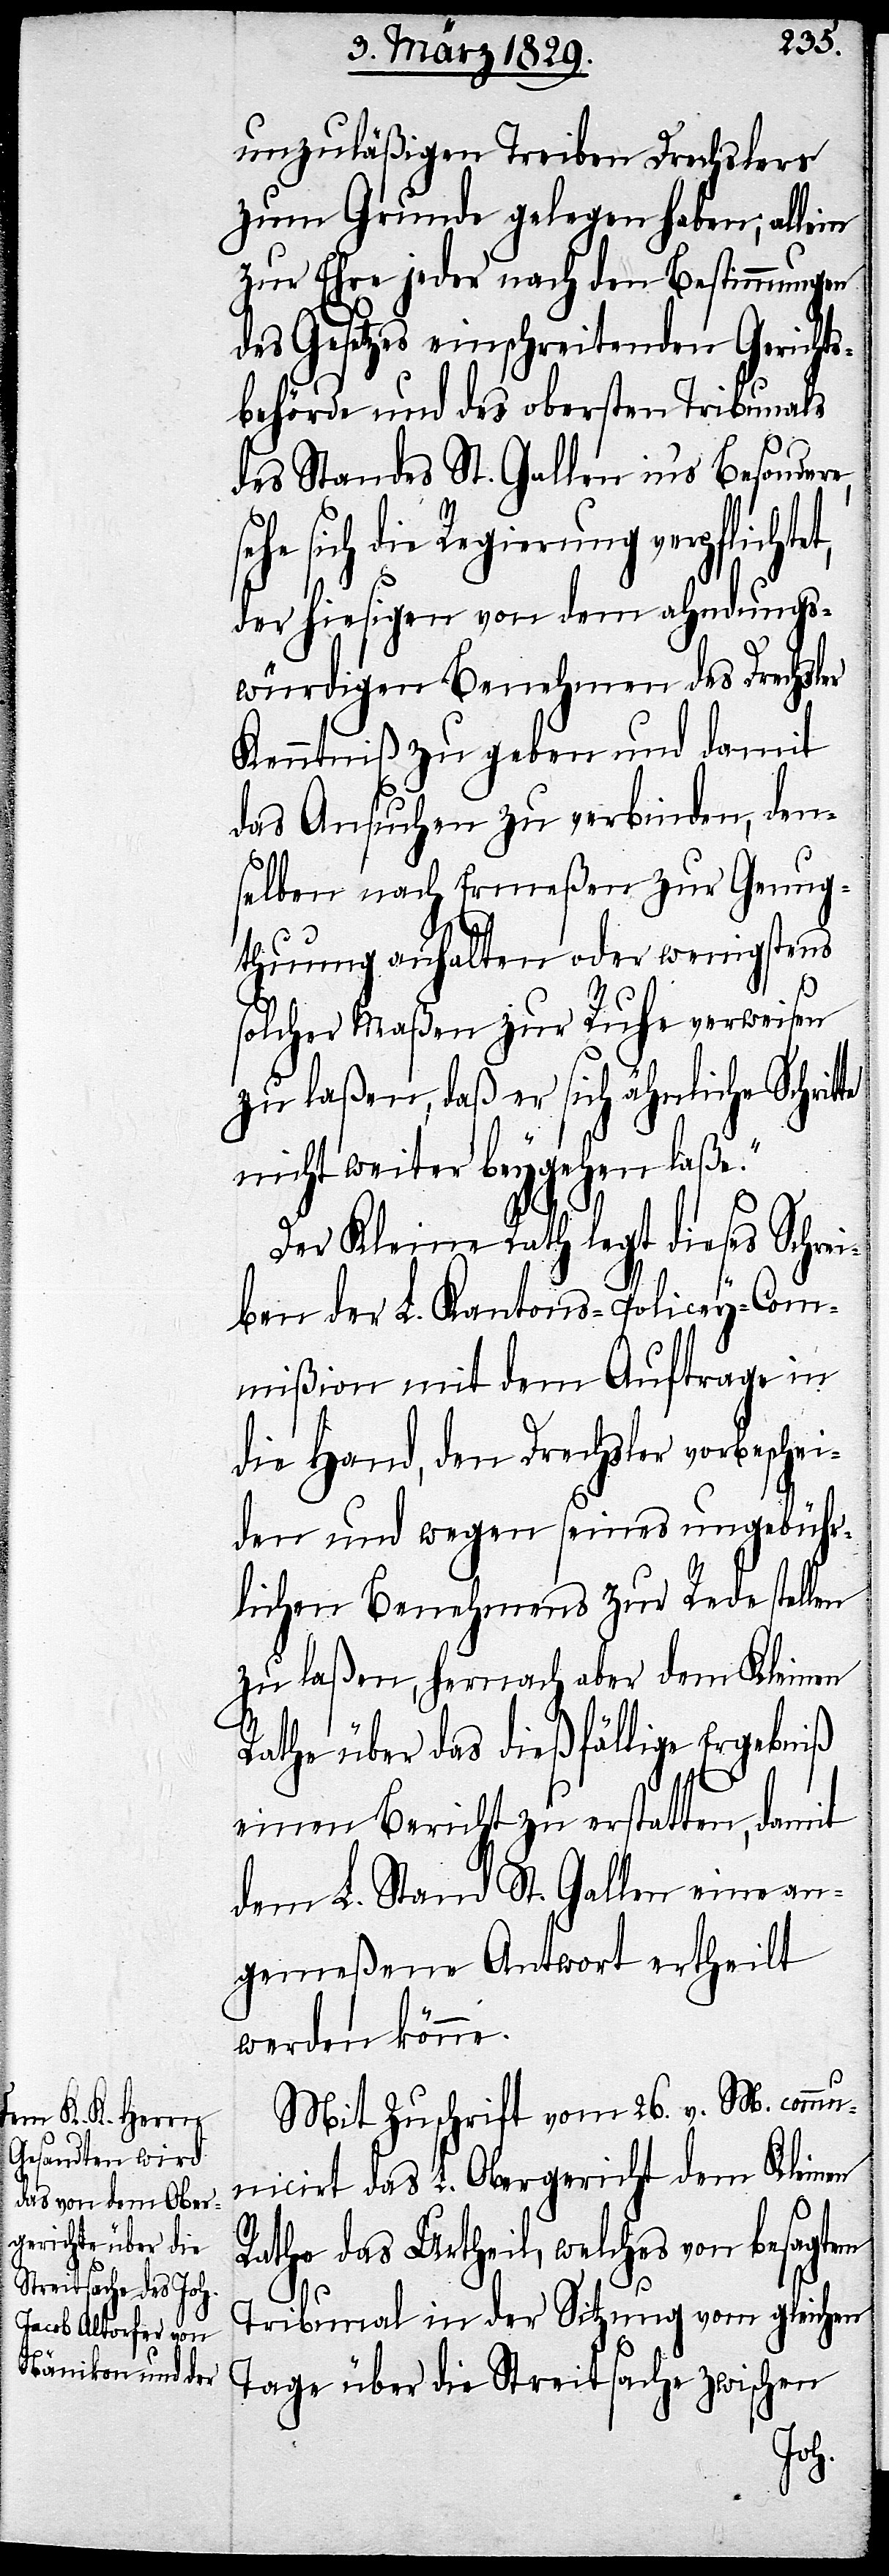
unzuläßigen Treiben Drechslers
zum Grunde gelegen haben; allein
zur Ehre jeder nach den Bestimmungen
des Gesetzes einschreitenden Gerichts¬
behörde und des obersten Tribunals
des Standes St. Gallen in’s Besondere,
sehe sich die Regierung verpflichtet,
der hiesigen von dem ahndungs¬
würdigen Benehmen des Drechsler
Kenntniß zu geben, und damit
das Ansuchen zu verbinden, den¬
selben nach Ermeßen zur Genug¬
thuung anhalten oder wenigstens
solcher Maßen zur Ruhe verweisen
zu laßen, daß er sich ähnliche Schritte
nicht weiter beygehen laße.“
Der Kleine Rath legt dieses Schrei¬
ben der L. Kantons-Policey-Com¬
mißion mit dem Auftrage in
die Hand, den Drechsler vorbeschei¬
den und wegen seines ungebühr¬
lichen Benehmens zur Rede stellen
zu laßen, hernach aber dem Kleinen
Rathe über das dießfällige Ergebniß
einen Bericht zu erstatten, damit
dem L. Stand St. Gallen eine an¬
gemeßene Antwort ertheilt
werden könne.
Mit Zuschrift vom 26. v. M. comm¬
unicirt das L. Obergericht dem Kleinen
Rathe das Urtheil, welches von besagtem
Tribunal in der Sitzung vom gleichen
Tage über die Streitsache zwischen